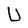
Character: U